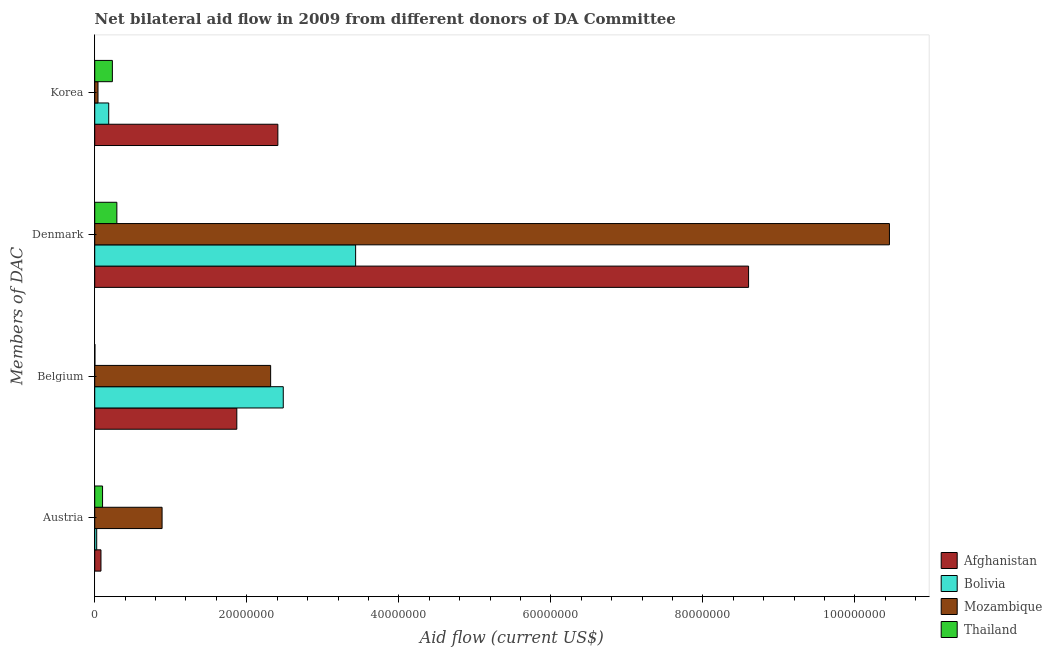
| Members of DAC | Afghanistan | Bolivia | Mozambique | Thailand |
 | --- | --- | --- | --- | --- |
 | Austria | 8.2e+05 | 2.6e+05 | 8.86e+06 | 1.03e+06 |
 | Belgium | 1.87e+07 | 2.48e+07 | 2.31e+07 | 2e+04 |
 | Denmark | 8.6e+07 | 3.43e+07 | 1.05e+08 | 2.91e+06 |
 | Korea | 2.41e+07 | 1.84e+06 | 4.3e+05 | 2.32e+06 |